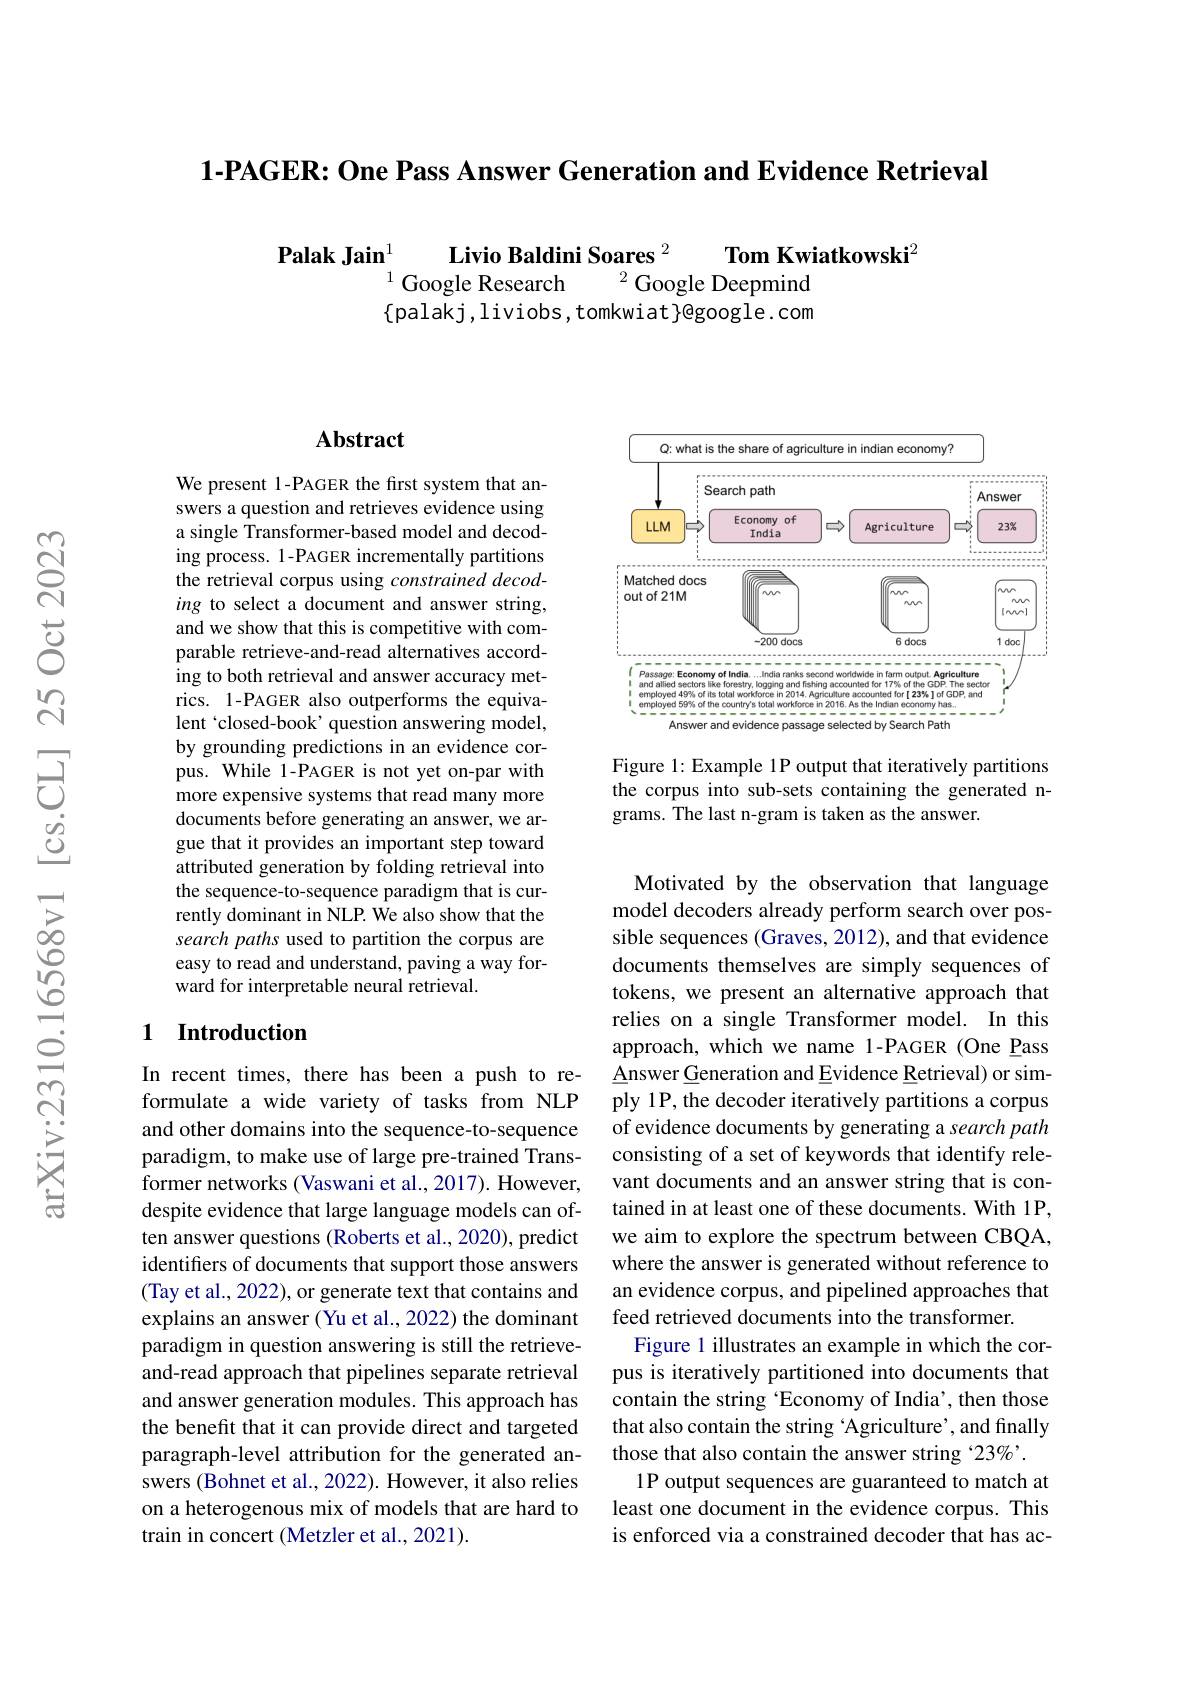
$\textbf{1- PAGER: One Pass Answer Generation and Evidence Retrieval}$

Livio Baldini Soares $^{2}$
$\mathbf{Tom}\textbf{ Kwiatkowski}^{2}$
Palak Jain$_{1}^{1}$
$^{1}$ Google Research
$^{2}$ Google Deepmind
$\{$palakj,liviobs,tomkwiat$\}$@google.com

## Abstract

We present 1-PAGER the first system that answers a question and retrieves evidence using a single Transformer-based model and decoding process. 1-PAGER incrementally partitions the retrieval corpus using constrained decoding to select a document and answer string, and we show that this is competitive with comparable retrieve-and-read alternatives according to both retrieval and answer accuracy metrics. 1-PAGER also outperforms the equivalent `closed-book' question answering model, by grounding predictions in an evidence corpus. While 1-PAGER is not yet on-par with more expensive systems that read many more documents before generating an answer, we argue that it provides an important step toward attributed generation by folding retrieval into the sequence-to-sequence paradigm that is currently dominant in NLP. We also show that the search paths used to partition the corpus are easy to read and understand, paving a way forward for interpretable neural retrieval.

## 1 Introduction

In recent times, there has been a push to reformulate a wide variety of tasks from NLP and other domains into the sequence-to-sequence paradigm, to make use of large pre-trained Transformer networks (Vaswani et al., 2017). However, despite evidence that large language models can often answer questions (Roberts et al., 2020), predict identifers of documents that support those answers (Tay et al., 2022), or generate text that contains and explains an answer (Yu et al., 2022) the dominant paradigm in question answering is still the retrieveand-read approach that pipelines separate retrieval and answer generation modules. This approach has the benefit that it can provide direct and targeted paragraph-level attribution for the generated answers (Bohnet et al., 2022). However, it also relies on a heterogenous mix of models that are hard to train in concert (Metzler et al., 2021).

<FigureHere>

Figure 1: Example 1P output that iteratively partitions the corpus into sub-sets containing the generated ngrams. The last n-gram is taken as the answer.

Motivated by the observation that language model decoders already perform search over possible sequences (Graves, 2012), and that evidence documents themselves are simply sequences of tokens, we present an alternative approach that relies on a single Transformer model. In this approach, which we name 1-PAGER (One Pass $\underline{\text{Answer Generation and Evidence Retrieval) or sim-}}$ ply 1P, the decoder iteratively partitions a corpus of evidence documents by generating a search path consisting of a set of keywords that identify relevant documents and an answer string that is contained in at least one of these documents. With 1P, we aim to explore the spectrum between CBQA, where the answer is generated without reference to an evidence corpus, and pipelined approaches that feed retrieved documents into the transformer.
Figure 1 illustrates an example in which the corpus is iteratively partitioned into documents that contain the string ‘Economy of India’, then those that also contain the string ‘Agriculture’, and finally those that also contain the answer string $^{\prime}23\%^{\prime}.$
1P output sequences are guaranteed to match at least one document in the evidence corpus. This is enforced via a constrained decoder that has ac-